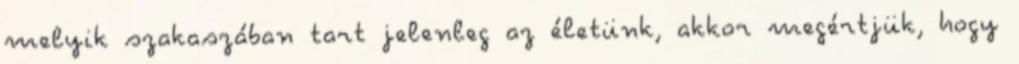
melyik szakaszában tart jelenleg az életünk, akkor megértjük, hogy